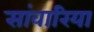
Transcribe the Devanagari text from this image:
सांवारिया